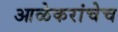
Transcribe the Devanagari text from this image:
आळेकरांचेच